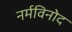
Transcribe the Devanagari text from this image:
नर्मविनोद